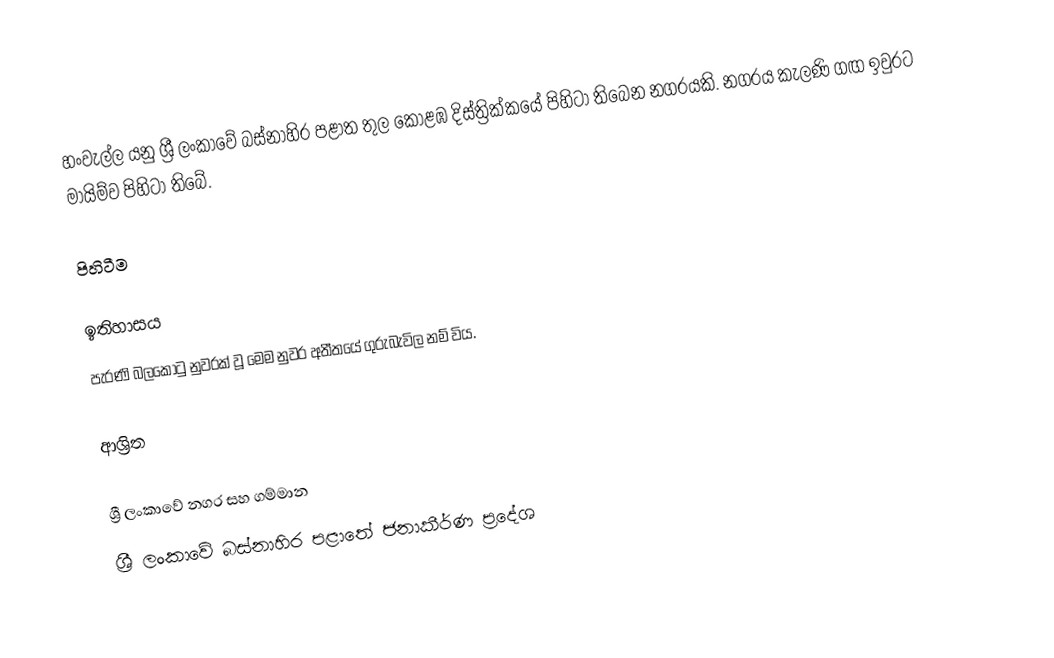
හංවැල්ල යනු ශ්‍රී ලංකාවේ බස්නාහිර පළාත තුල කොළඹ දිස්ත්‍රික්කයේ පිහිටා තිබෙන නගරයකි. නගරය කැලණි ගඟ ඉවුරට මායිම්ව පිහිටා තිබේ.

පිහිටීම

ඉතිහාසය
පැරණි බලකොටු නුවරක් වූ මෙම නුවර අතීතයේ  ගුරුබැවිල නම් විය.

ආශ්‍රිත

ශ්‍රී ලංකාවේ නගර සහ ගම්මාන
ශ්‍රී ලංකාවේ බස්නාහිර පළාතේ ජනාකීර්ණ ප්‍රදේශ